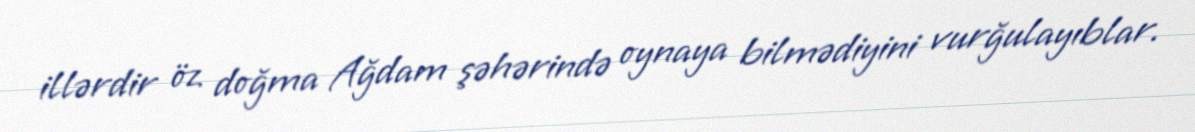
illərdir öz doğma Ağdam şəhərində oynaya bilmədiyini vurğulayıblar.